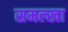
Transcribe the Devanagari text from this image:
समल्खा